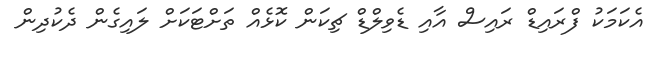
އެކަމަކު ފްރައިޑް ރައިސް އާއި ޑެވިލްޑް ޗިކަން ކޮޅެއް ތަށްޓަކަށް ލައިގެން ދެކުދިން